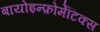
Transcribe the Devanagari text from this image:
बायोइन्फ़ोर्मेटिक्स